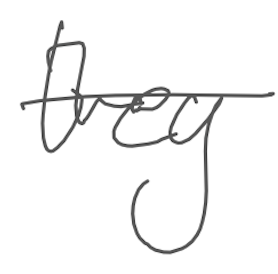
Text: they
Cross-out: single-line
Writing tool: digital_gray